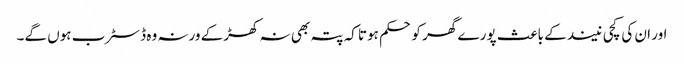
اور ان کی کچی نیند کے باعث پورے گھر کو حکم ہوتا کہ پتہ بھی نہ کھڑکے ورنہ وہ ڈسٹرب ہوں گے۔